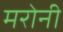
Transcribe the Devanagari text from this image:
मरोनी